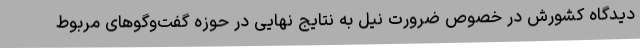
دیدگاه کشورش در خصوص ضرورت نیل به نتایج نهایی در حوزه گفت‌وگوهای مربوط